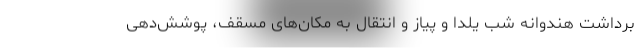
برداشت هندوانه شب یلدا و پیاز و انتقال به مکان‌های مسقف، پوشش‌دهی